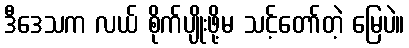
ဒီဒေသက လယ် စိုက်ပျိုးဖို့မ သင့်တော်တဲ့ မြေပဲ။